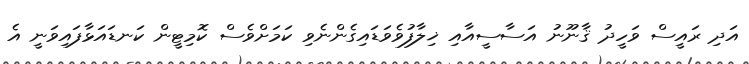
އަދި ރައީސް ވަހީދު ޤާނޫނު އަސާސީއާއި ޚިލާފުވެވަޑައިގެންނެވި ކަމަށްވެސް ކޮމިޓީން ކަނޑައަޅާފައިވަނީ އެ